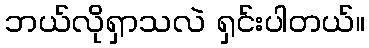
ဘယ်လိုရှာသလဲ ရှင်းပါတယ်။